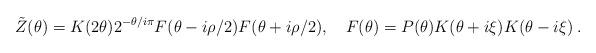
LaTeX: \begin{align*}\tilde{Z}(\theta )=K(2\theta )2^{-\theta /i\pi }F(\theta -i\rho /2)F(\theta +i\rho /2),\quad F(\theta )=P(\theta )K(\theta +i\xi )K(\theta -i\xi )\: .\end{align*}